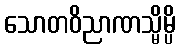
သောတဝိညာဏသ္မိမ္ပိ